Account of plague administration in the Bombay Presidency from September 1896 till May 1897
Year: 1896
Disease focus: Plague
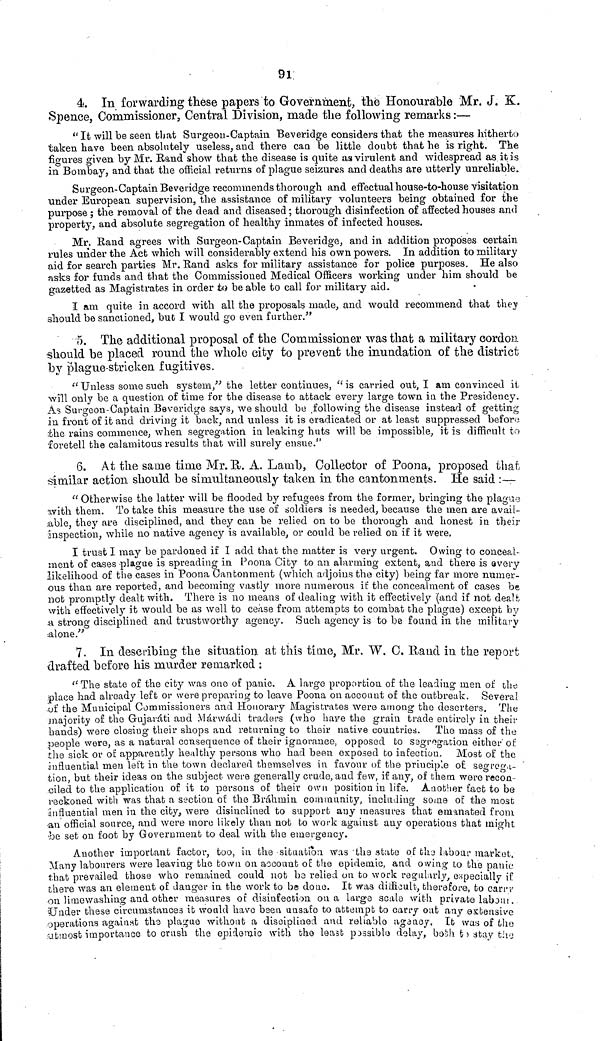
91
4. In forwarding these papers to Government, the Honourable Mr. J. K.
Spence, Commissioner, Central Division, made the following remarks :—
"It will be seen that Surgeon-Captain Beveridge considers that the measures hitherto
taken have been absolutely useless, and there can be little doubt that he is right. The
figures given by Mr. Rand show that the disease is quite as virulent and widespread as it is
in Bombay, and that the official returns of plague seizures and deaths are utterly unreliable.
Surgeon-Captain Beveridge recommends thorough and effectual house-to-house visitation
under European supervision, the assistance of military volunteers being obtained for the
purpose ; the removal of the dead and diseased ; thorough disinfection of affected houses and
property, and absolute segregation of healthy inmates of infected houses.
Mr. Rand agrees with Surgeon-Captain Beveridge, and in addition proposes certain
rules under the Act which will considerably extend his own powers. In addition to military
aid for search parties Mr. Rand asks for military assistance for police purposes. He also
asks for funds and that the Commissioned Medical Officers working under him should be
gazetted as Magistrates in order to be able to call for military aid.
I am quite in accord with all the proposals made, and would recommend that they
should be sanctioned, but I would go even further."
5. The additional proposal of the Commissioner was that a military cordon
should be placed round the whole city to prevent the inundation of the district
by plague-stricken fugitives.
" Unless some such system," the letter continues, " is carried out, I am convinced it
will only be a question of time for the disease to attack every large town in the Presidency.
As Surgeon-Captain Beveridge says, we should be following the disease instead of getting
in front of it and driving it back, and unless it is eradicated or at least suppressed before
the rains commence, when segregation in leaking huts will be impossible, it is difficult to
foretell the calamitous results that will surely ensue."
6. At the same time Mr. R. A. Lamb, Collector of Poona, proposed that
similar action should be simultaneously taken in the cantonments. He said :—
" Otherwise the latter will be flooded by refugees from the former, bringing the plague
with them. To take this measure the use of soldiers is needed, because the men are avail-
able, they are disciplined, and they can be relied on to be thorough and honest in their
inspection, while no native agency is available, or could be relied on if it were,
I trust I may be pardoned if I add that the matter is very urgent. Owing to conceal-
ment of cases -plague is spreading in Poona City to an alarming extent, and there is every
likelihood of the cases in Poona Cantonment (which adjoins the city) being far more numer-
ous than are reported, and becoming vastly more numerous if the concealment of cases be
not promptly dealt with. There is no means of dealing with it effectively (and if not dealt
with effectively it would be as well to cease from attempts to combat the plague) except by
a strong disciplined and trustworthy agency. Such agency is to be found in the military
alone."
7. In describing the situation at this time, Mr. W.C. Rand in the report
drafted before his murder remarked :
"The state of the city was one of panic. A large proportion of the leading men of the
place had already left or were preparing to leave Poona ou account of the outbreak. Several
of the Municipal Commissioners and Honorary Magistrates were among the deserters. The
majority of the Gujaráti and Márwádi traders (who have the grain trade entirely in their
hands) were closing their shops and returning to their native countries. The mass of the
people were, as a natural consequence of their ignorance, opposed to segregation either of
the sick or of apparently healthy persons who had been exposed to infection. Most of the
influential men left in the town declared themselves in favour of the principle of segrega-
tion, but their ideas on the subject were generally crude, and few, if any, of them were recon-
ciled to the application of it to persons of their own position in life. Another fact to be
reckoned with was that a section of the Brahmin community, including some of the most
influential men in the city, were disinclined to support any measures that emanated from
an official source, and were more likely than not to work against any operations that might
be set on foot by Government to deal with the emergency.
Another important factor, too, in the situation was the state of the labour market.
Many labourers were leaving the town on account of the epidemic, and owing to the panic
that prevailed those who remained could not be relied on to work regularly, especially if
there was an element of danger in the work to be done. It was difficult, therefore, to carry
on lime washing and other measures of disinfection on a large scab with private labour.
Under these circumstances it would have been unsafe to attempt to carry out any extensive
operations against the plague without a disciplined and reliable agency. It was of the
utmost importance to crush the epidemic with the least possible delay, both to stay the